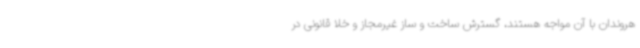
هروندان با آن مواجه هستند، گسترش ساخت و ساز غیرمجاز و خلا قانونی در